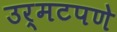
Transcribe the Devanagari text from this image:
उर्मटपणे